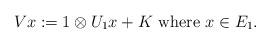
LaTeX: \begin{align*}V{x}:=1\otimes U_{1}{x} +K~\mbox{where}~{x}\in E_1. \end{align*}